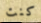
كنت